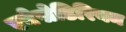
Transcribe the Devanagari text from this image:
एबेसेडिरियम